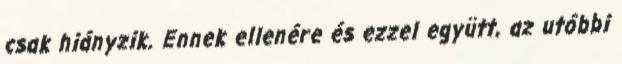
csak hiányzik. Ennek ellenére és ezzel együtt, az utóbbi